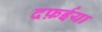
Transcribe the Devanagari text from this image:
दफ़ईया